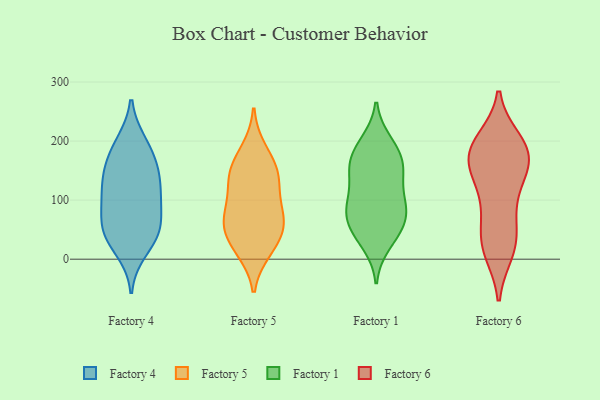
{"axis": {"x": "Page Views", "y": "Value"}, "legend": ["Factory 1", "Factory 4", "Factory 5", "Factory 6"], "data": [{"x": "", "y": 103, "type": "Factory 4"}, {"x": "", "y": 197, "type": "Factory 4"}, {"x": "", "y": 105, "type": "Factory 4"}, {"x": "", "y": 194, "type": "Factory 4"}, {"x": "", "y": 54, "type": "Factory 4"}, {"x": "", "y": 153, "type": "Factory 4"}, {"x": "", "y": 15, "type": "Factory 4"}, {"x": "", "y": 159, "type": "Factory 4"}, {"x": "", "y": 109, "type": "Factory 4"}, {"x": "", "y": 125, "type": "Factory 4"}, {"x": "", "y": 40, "type": "Factory 4"}, {"x": "", "y": 157, "type": "Factory 4"}, {"x": "", "y": 47, "type": "Factory 4"}, {"x": "", "y": 43, "type": "Factory 4"}, {"x": "", "y": 71, "type": "Factory 4"}, {"x": "", "y": 143, "type": "Factory 5"}, {"x": "", "y": 23, "type": "Factory 5"}, {"x": "", "y": 124, "type": "Factory 5"}, {"x": "", "y": 72, "type": "Factory 5"}, {"x": "", "y": 68, "type": "Factory 5"}, {"x": "", "y": 155, "type": "Factory 5"}, {"x": "", "y": 16, "type": "Factory 5"}, {"x": "", "y": 41, "type": "Factory 5"}, {"x": "", "y": 60, "type": "Factory 5"}, {"x": "", "y": 141, "type": "Factory 5"}, {"x": "", "y": 84, "type": "Factory 5"}, {"x": "", "y": 184, "type": "Factory 5"}, {"x": "", "y": 67, "type": "Factory 1"}, {"x": "", "y": 104, "type": "Factory 1"}, {"x": "", "y": 178, "type": "Factory 1"}, {"x": "", "y": 144, "type": "Factory 1"}, {"x": "", "y": 91, "type": "Factory 1"}, {"x": "", "y": 25, "type": "Factory 1"}, {"x": "", "y": 41, "type": "Factory 1"}, {"x": "", "y": 89, "type": "Factory 1"}, {"x": "", "y": 152, "type": "Factory 1"}, {"x": "", "y": 199, "type": "Factory 1"}, {"x": "", "y": 42, "type": "Factory 1"}, {"x": "", "y": 165, "type": "Factory 1"}, {"x": "", "y": 72, "type": "Factory 1"}, {"x": "", "y": 161, "type": "Factory 1"}, {"x": "", "y": 140, "type": "Factory 1"}, {"x": "", "y": 196, "type": "Factory 1"}, {"x": "", "y": 96, "type": "Factory 1"}, {"x": "", "y": 65, "type": "Factory 1"}, {"x": "", "y": 14, "type": "Factory 6"}, {"x": "", "y": 64, "type": "Factory 6"}, {"x": "", "y": 190, "type": "Factory 6"}, {"x": "", "y": 100, "type": "Factory 6"}, {"x": "", "y": 35, "type": "Factory 6"}, {"x": "", "y": 144, "type": "Factory 6"}, {"x": "", "y": 158, "type": "Factory 6"}, {"x": "", "y": 169, "type": "Factory 6"}, {"x": "", "y": 171, "type": "Factory 6"}, {"x": "", "y": 28, "type": "Factory 6"}, {"x": "", "y": 163, "type": "Factory 6"}, {"x": "", "y": 200, "type": "Factory 6"}, {"x": "", "y": 18, "type": "Factory 6"}, {"x": "", "y": 197, "type": "Factory 6"}, {"x": "", "y": 109, "type": "Factory 6"}, {"x": "", "y": 184, "type": "Factory 6"}]}